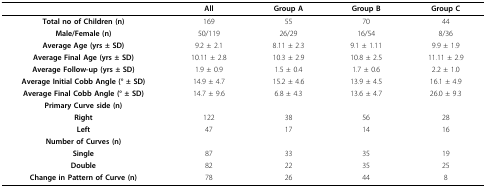
<table><thead><tr><td></td><td><b>All</b></td><td><b>Group A</b></td><td><b>Group B</b></td><td><b>Group C</b></td></tr></thead><tbody><tr><td><b>Total no of Children (n)</b></td><td>169</td><td>55</td><td>70</td><td>44</td></tr><tr><td><b>Male/Female (n)</b></td><td>50/119</td><td>26/29</td><td>16/54</td><td>8/36</td></tr><tr><td><b>Average Age (yrs ± SD)</b></td><td>9.2 ± 2.1</td><td>8.11 ± 2.3</td><td>9.1 ± 1.11</td><td>9.9 ± 1.9</td></tr><tr><td><b>Average Final Age (yrs ± SD)</b></td><td>10.11 ± 2.8</td><td>10.3 ± 2.9</td><td>10.8 ± 2.5</td><td>11.11 ± 2.9</td></tr><tr><td><b>Average Follow-up (yrs ± SD)</b></td><td>1.9 ± 0.9</td><td>1.5 ± 0.4</td><td>1.7 ± 0.6</td><td>2.2 ± 1.0</td></tr><tr><td><b>Average Initial Cobb Angle (° ± SD)</b></td><td>14.9 ± 4.7</td><td>15.2 ± 4.6</td><td>13.9 ± 4.5</td><td>16.1 ± 4.9</td></tr><tr><td><b>Average Final Cobb Angle (° ± SD)</b></td><td>14.7 ± 9.6</td><td>6.8 ± 4.3</td><td>13.6 ± 4.7</td><td>26.0 ± 9.3</td></tr><tr><td><b>Primary Curve side (n)</b></td><td></td><td></td><td></td><td></td></tr><tr><td><b>Right</b></td><td>122</td><td>38</td><td>56</td><td>28</td></tr><tr><td><b>Left</b></td><td>47</td><td>17</td><td>14</td><td>16</td></tr><tr><td><b>Number of Curves (n)</b></td><td></td><td></td><td></td><td></td></tr><tr><td><b>Single</b></td><td>87</td><td>33</td><td>35</td><td>19</td></tr><tr><td><b>Double</b></td><td>82</td><td>22</td><td>35</td><td>25</td></tr><tr><td><b>Change in Pattern of Curve (n)</b></td><td>78</td><td>26</td><td>44</td><td>8</td></tr></tbody></table>